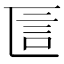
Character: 𠥵